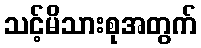
သင့်မိသားစုအတွက်